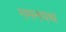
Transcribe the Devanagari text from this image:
गमनपथ